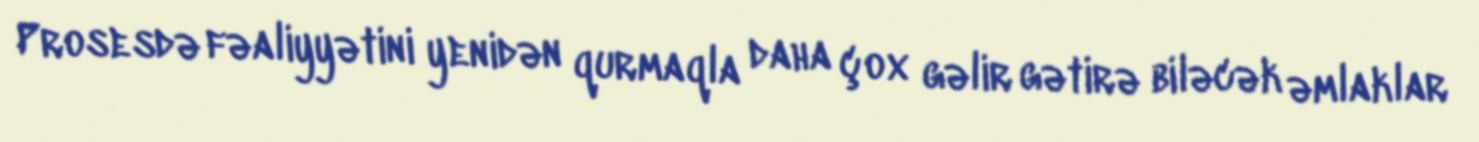
Prosesdə fəaliyyətini yenidən qurmaqla daha çox gəlir gətirə biləcək əmlaklar